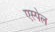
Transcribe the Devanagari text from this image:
एस्पेल